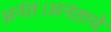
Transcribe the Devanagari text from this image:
अनंत।अनंताचे